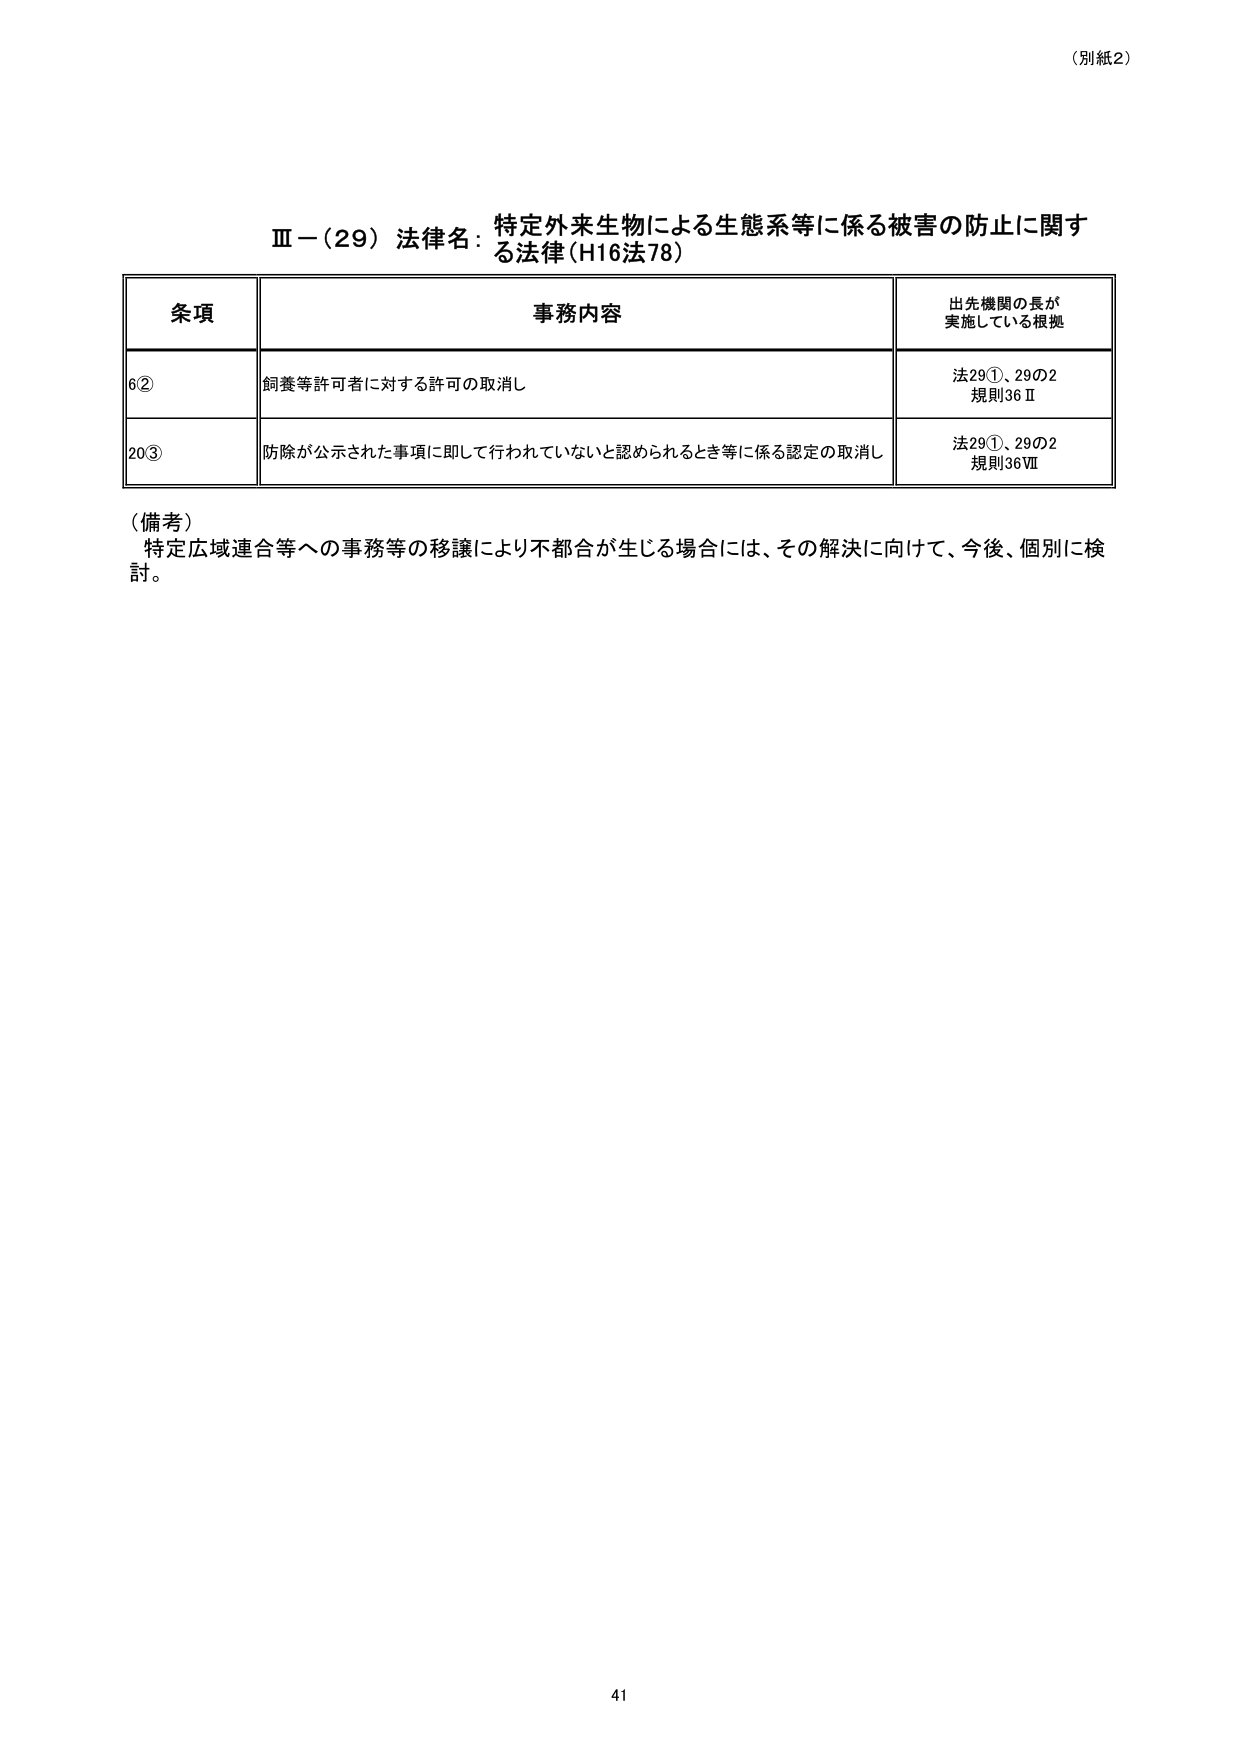
（別紙2）

Ⅲ－（29）法律名：特定外来生物による生態系等に係る被害の防止に関する法律（H16法78）

条項 事務内容 出先機関の長が実施している根拠
6② 飼養等許可者に対する許可の取消し 法29①、29の2 規則36Ⅱ
20③ 防除が公示された事項に即して行われていないと認められるとき等に係る認定の取消し 法29①、29の2 規則36Ⅶ

（備考）
特定広域連合等への事務等の移譲により不都合が生じる場合には、その解決に向けて、今後、個別に検討。

41